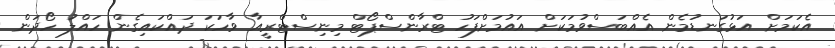
އެކަމަށް އަޅުގަނޑުމެން އެއްބަސްވުމަކަށް އައުމަށްފަހު ޓްރާންސްޕޯޓް މިނިސްޓްރީއާ ވާހަކަ ދައްކައިގެން ހައްލު ހޯދަން